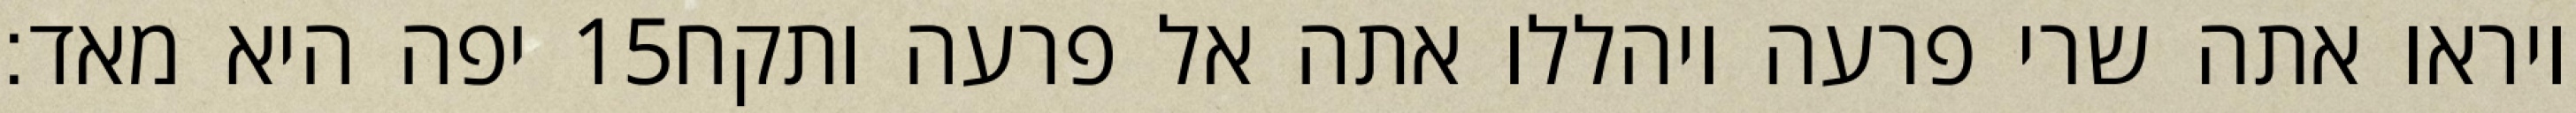
יפה היא מאד׃ ‎15‏ ויראו אתה שרי פרעה ויהללו אתה אל פרעה ותקח